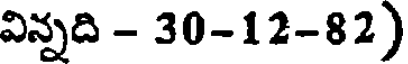
విన్నది - 30-12-82)